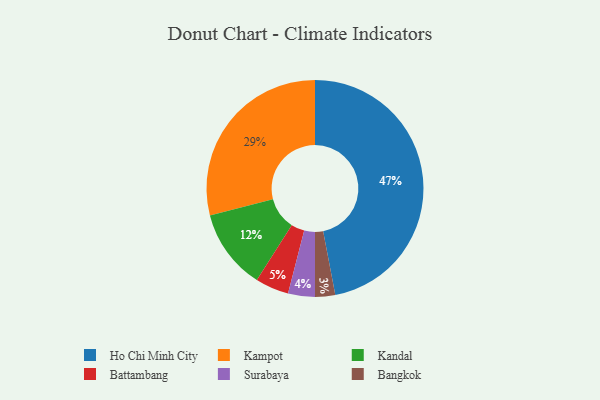
{"axis": {"x": "Category", "y": "Percentage"}, "legend": ["Bangkok", "Battambang", "Ho Chi Minh City", "Kampot", "Kandal", "Surabaya"], "data": [{"x": "Bangkok", "y": 3, "type": "Bangkok"}, {"x": "Kandal", "y": 12, "type": "Kandal"}, {"x": "Surabaya", "y": 4, "type": "Surabaya"}, {"x": "Battambang", "y": 5, "type": "Battambang"}, {"x": "Kampot", "y": 29, "type": "Kampot"}, {"x": "Ho Chi Minh City", "y": 47, "type": "Ho Chi Minh City"}]}